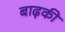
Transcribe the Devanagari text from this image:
बाढ़की